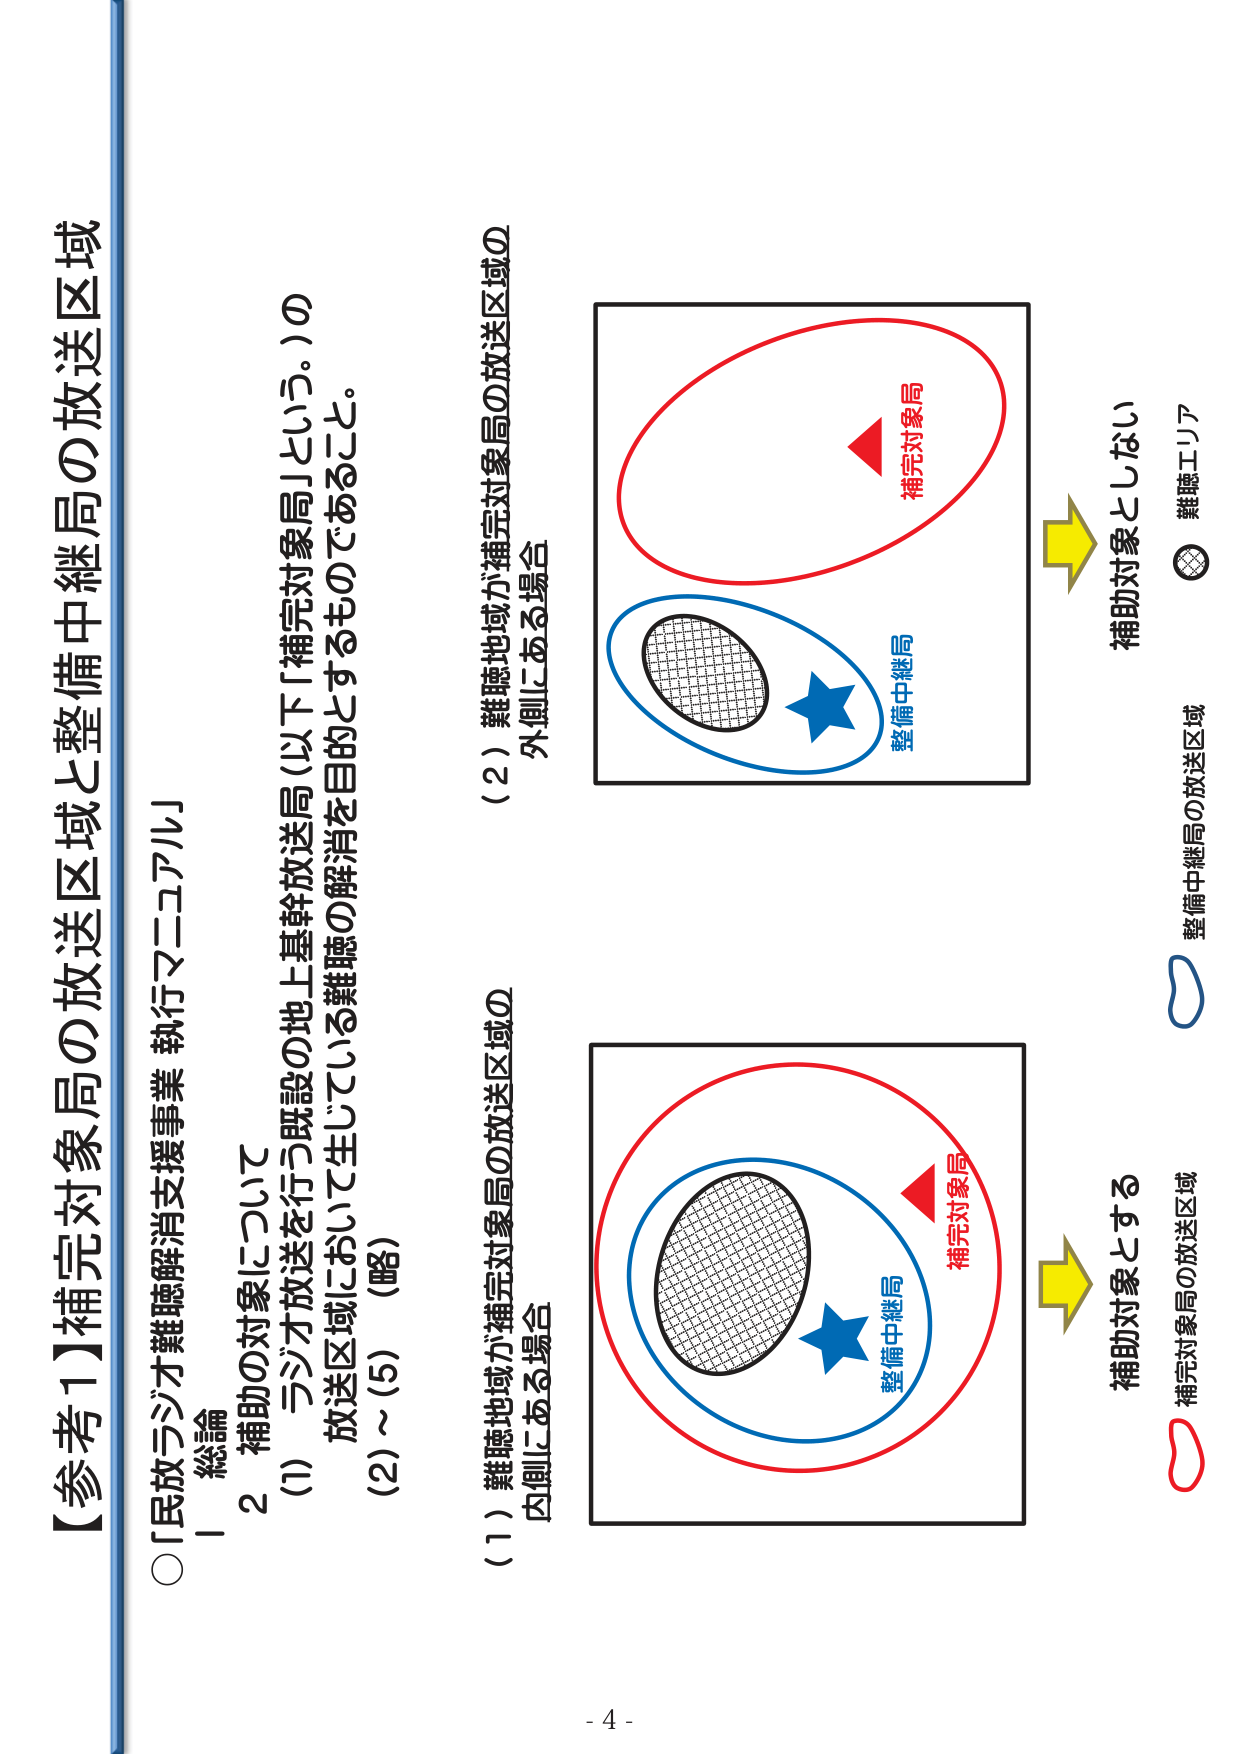
【参考1】補完対象局の放送区域と整備中継局の放送区域

○「民放ラジオ難聴解消支援事業 執行マニュアル」

Ⅰ 総論
2 補助の対象について
(1) ラジオ放送を行つ既設の地上基幹放送局（以下「補完対象局」という。）の
放送区域において生じている難聴の解消を目的とするものであること。
(2)～(5)（略）

(1) 難聴地域が補完対象局の放送区域の
内側にある場合

(2) 難聴地域が補完対象局の放送区域の
外側にある場合

補完対象局
整備中継局
補助対象とする

補完対象局
整備中継局
補助対象としない

補完対象局の放送区域
整備中継局の放送区域
難聴エリア

- 4 -